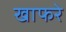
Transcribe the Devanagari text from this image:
खाफरे